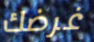
غرضك